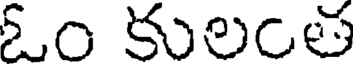
ఓం కులంత